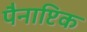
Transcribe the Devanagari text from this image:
पैनाप्टिक